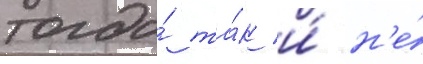
тогда́ та́к и́ н'е́